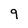
Character: 9